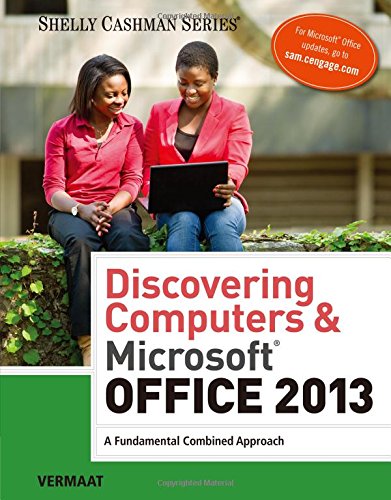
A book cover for Discovering Computers & Microsoft Office 2013: A Fundamental Combined Approach (Shelly Cashman Series); Misty E. Vermaat; Computers & Technology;